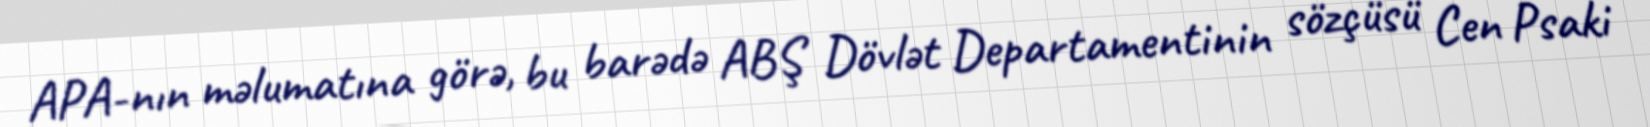
APA-nın məlumatına görə, bu barədə ABŞ Dövlət Departamentinin sözçüsü Cen Psaki